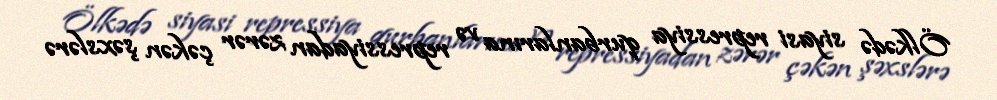
Ölkədə siyasi repressiya qurbanlarına və repressiyadan zərər çəkən şəxslərə